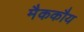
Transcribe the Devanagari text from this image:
मैककौय